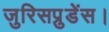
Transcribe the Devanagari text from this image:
जुरिसप्रुडेंस।